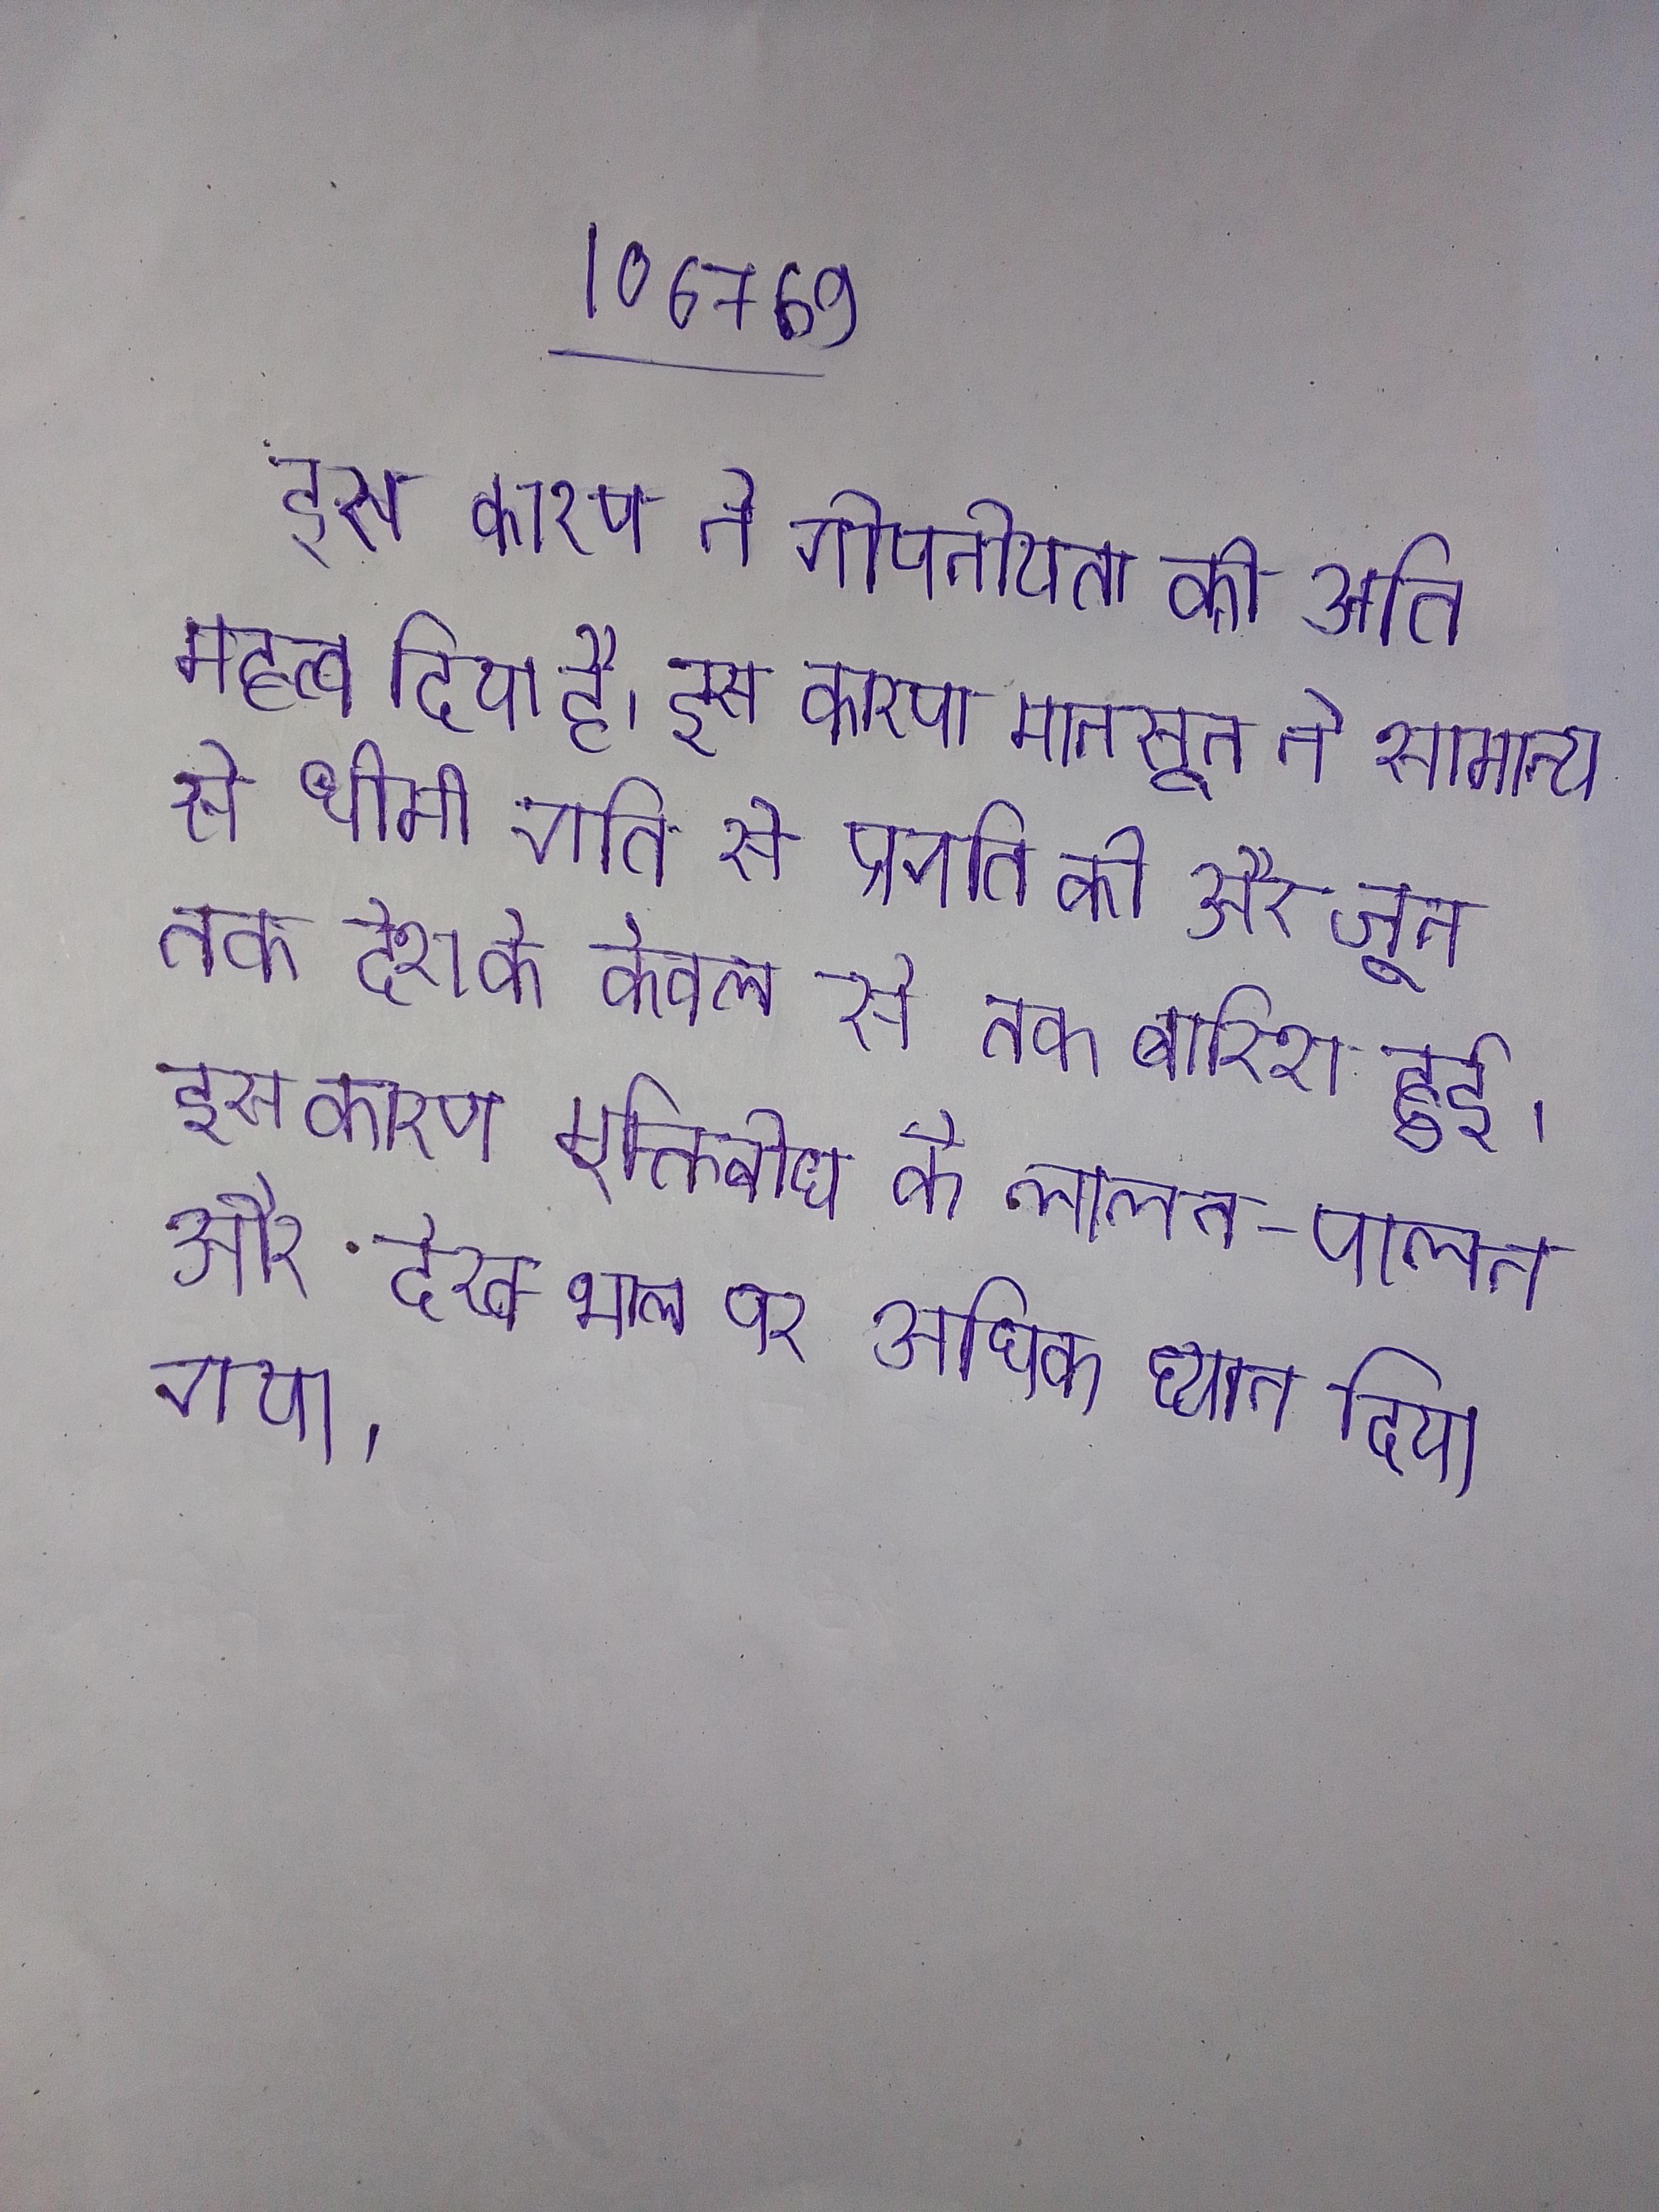
इस कारण ने गोपनीयता को अति महत्व दिया है । इस कारण मानसून ने सामान्य से धीमी गति से प्रगति की और जून तक देश के केवल से तक बारिश हुई । इस कारण मुक्तिबोध के लालन-पालन और देख-भाल पर अधिक ध्यान दिया गया ।